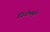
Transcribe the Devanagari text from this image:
जिनोममुळे